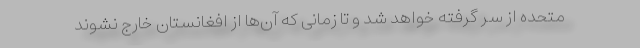
متحده از سر گرفته خواهد شد و تا زمانی که آن‌ها از افغانستان خارج نشوند